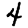
Digit: 4